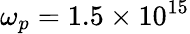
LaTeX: \omega_{p}=1.5\times 10^{15}